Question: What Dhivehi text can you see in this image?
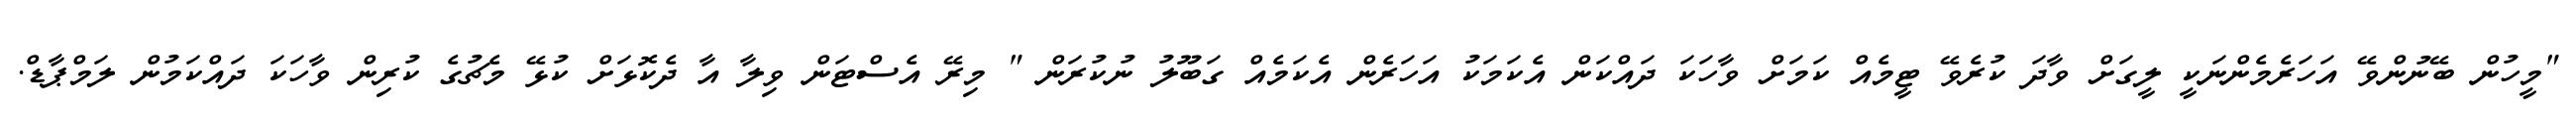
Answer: "މީހުން ބޭނުންވޭ އަހަރެމެންނަކީ ލީގަށް ވާދަ ކުރެވޭ ޓީމެއް ކަމަށް ވާހަކަ ދައްކަން އެކަމަކު އަހަރެން އެކަމެއް ގަބޫލު ނުކުރަން " މިރޭ އެސްޓަން ވިލާ އާ ދެކޮޅަށް ކުޅޭ މެޗުގެ ކުރިން ވާހަކަ ދައްކަމުން ލަމްޕާޑް.